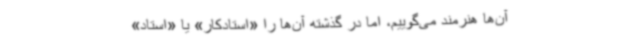
آن‌ها هنرمند می‌گوییم، اما در گذشته آن‌ها را «استادکار» یا «استاد»